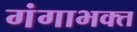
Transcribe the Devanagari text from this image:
गंगाभक्त